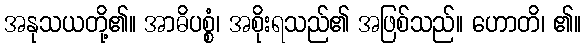
အနုသယတို့၏။ အာဓိပစ္စံ၊ အစိုးရသည်၏ အဖြစ်သည်။ ဟောတိ၊ ၏။